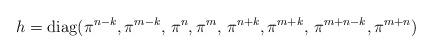
LaTeX: \begin{align*} h = \operatorname{diag}(\pi^{n-k}, \pi^{m-k}, \, \pi^{n}, \pi^{m}, \, \pi^{n+k}, \pi^{m+k}, \, \pi^{m+n-k}, \pi^{m+n}) \end{align*}